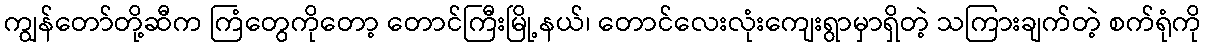
ကျွန်တော်တို့ဆီက ကြံတွေကိုတော့ တောင်ကြီးမြို့နယ်၊ တောင်လေးလုံးကျေးရွာမှာရှိတဲ့ သကြားချက်တဲ့ စက်ရုံကို